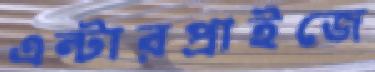
এন্টারপ্রাইজে